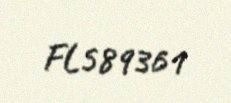
FL589361